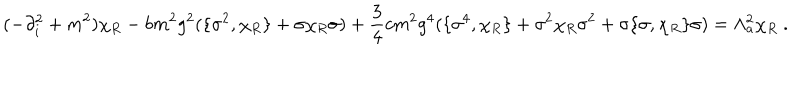
LaTeX: ( - \partial _ { i } ^ { 2 } + m ^ { 2 } ) \chi _ { R } - b m ^ { 2 } g ^ { 2 } ( \{ \sigma ^ { 2 } , \chi _ { R } \} + \sigma \chi _ { R } \sigma ) + \frac 3 4 c m ^ { 2 } g ^ { 4 } ( \{ \sigma ^ { 4 } , \chi _ { R } \} + \sigma ^ { 2 } \chi _ { R } \sigma ^ { 2 } + \sigma \{ \sigma , \chi _ { R } \} \sigma ) = \Lambda _ { a } ^ { 2 } \chi _ { R } \ .